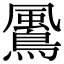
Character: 𩘵